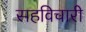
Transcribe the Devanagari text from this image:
सहविचारी